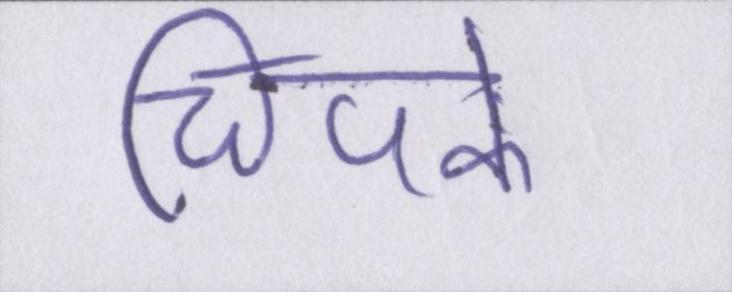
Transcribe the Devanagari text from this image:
चिपके